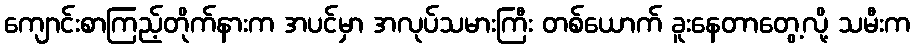
ကျောင်းစာကြည့်တိုက်နားက အပင်မှာ အလုပ်သမားကြီး တစ်ယောက် ခူးနေတာတွေ့လို့ သမီးက